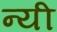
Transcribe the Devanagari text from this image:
न्यी